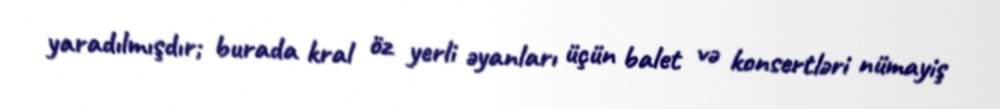
yaradılmışdır; burada kral öz yerli əyanları üçün balet və konsertləri nümayiş